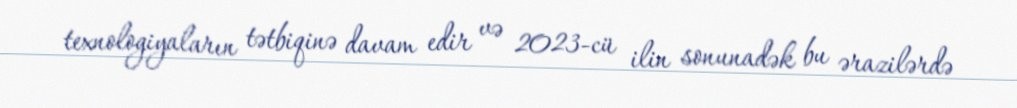
texnologiyaların tətbiqinə davam edir və 2023-cü ilin sonunadək bu ərazilərdə